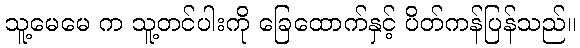
သူ့မေမေ က သူ့တင်ပါးကို ခြေထောက်နှင့် ပိတ်ကန်ပြန်သည်။